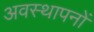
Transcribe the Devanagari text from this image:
अवस्थापनों